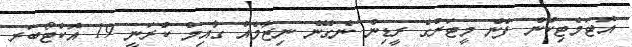
އޮޓަމެޓިކުން ފެން މީޓަރުގެ ރީޑިން ނެގޭނެ ނިޒާމެއް ގާއިމް ކުރަނީ 19 އޮކްޓޯބަރ